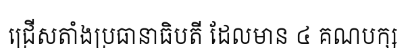
ជ្រើសតាំងប្រធានាធិបតី ដែលមាន ៤ គណបក្ស